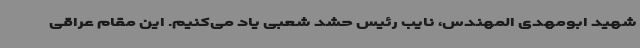
شهید ابومهدی المهندس، نایب رئیس حشد شعبی یاد می‌کنیم. این مقام عراقی